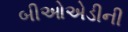
બીઓએડીની